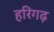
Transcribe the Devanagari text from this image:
हरिगढ़